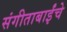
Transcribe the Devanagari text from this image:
संगीताबाईंचे